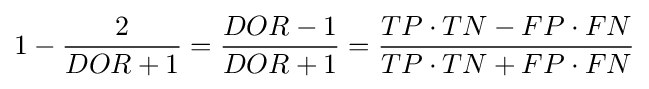
1-{\frac {2}{DOR+1}}={\frac {DOR-1}{DOR+1}}={\frac {TP\cdot TN-FP\cdot FN}{TP\cdot TN+FP\cdot FN}}